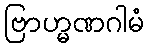
ဗြာဟ္မဏဂါမံ